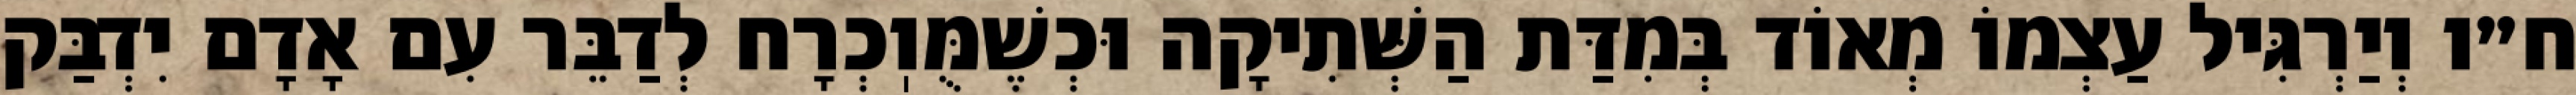
ח״ו וְיַרְגִּיל עַצְמוֹ מְאוֹד בְּמִדַּת הַשְּׁתִיקָה וּכְשֶׁמֻּוֽכְרָח לְדַבֵּר עִם אָדָם יִדְבַּק